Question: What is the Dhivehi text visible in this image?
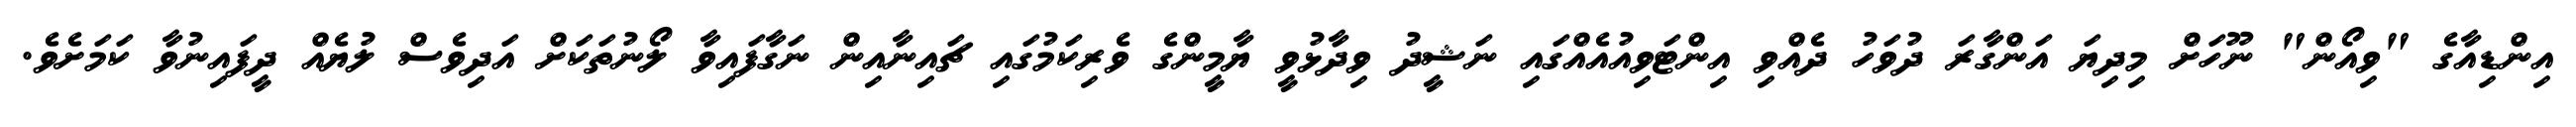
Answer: އިންޑިއާގެ "ވިއޯން" ނޫހަށް މިދިޔަ އަންގާރަ ދުވަހު ދެއްވި އިންޓަވިއުއެއްގައި ނަޝީދު ވިދާޅުވީ ޔާމީންގެ ވެރިކަމުގައި ޗައިނާއިން ނަގާފައިވާ ލޯނުތަކަށް އަދިވެސް ލުޔެއް ދީފައިނުވާ ކަމަށެވެ.